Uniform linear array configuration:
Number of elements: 64
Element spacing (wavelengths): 1
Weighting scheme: hann
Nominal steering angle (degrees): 15
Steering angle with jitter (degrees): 14.049
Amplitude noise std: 0.05
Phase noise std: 0.05

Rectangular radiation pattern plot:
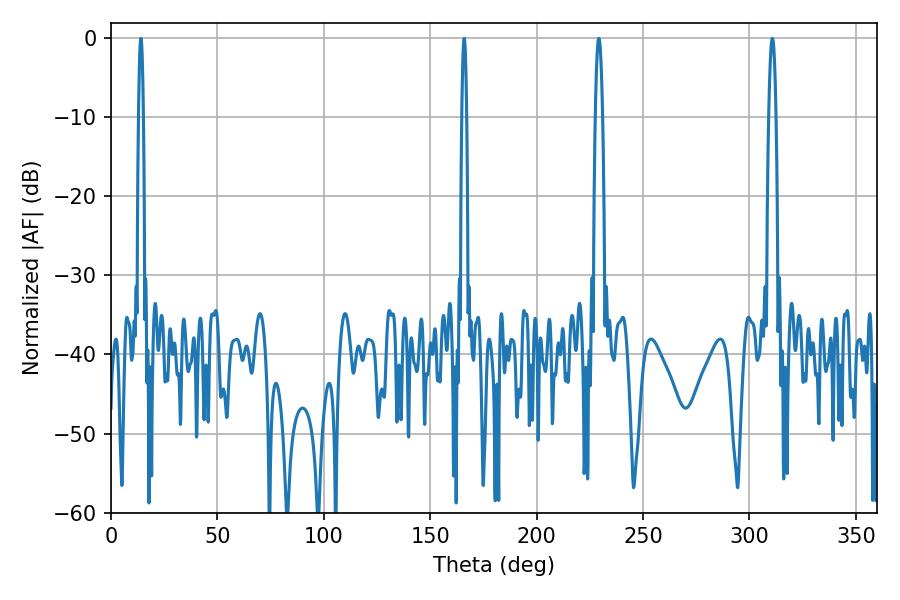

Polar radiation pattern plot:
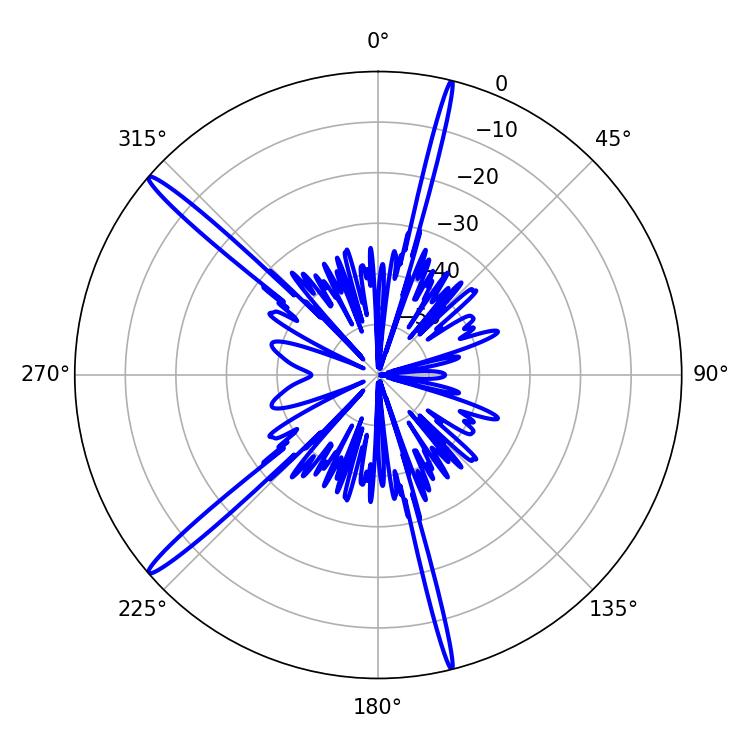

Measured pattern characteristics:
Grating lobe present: TRUE
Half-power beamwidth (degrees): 1.08
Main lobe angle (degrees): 14.04